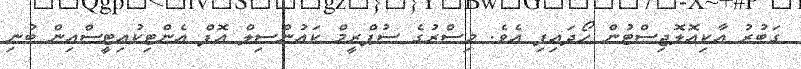
ގަބުރު އާކިއޮލޮޖިސްޓުން ހޯދައިފި އެވެ. މިސްރުގެ ސުޕްރީމް ކައުންސިލް އޮފް އެންޓިކުއިޓީސްއިން ބުނި